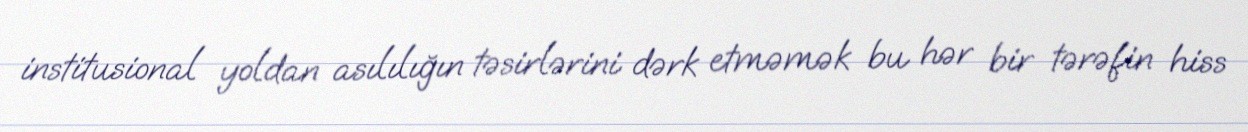
institusional yoldan asılılığın təsirlərini dərk etməmək bu hər bir tərəfin hiss